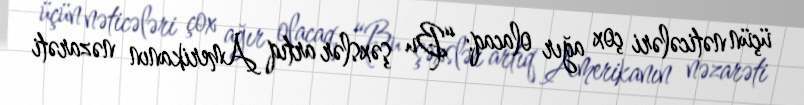
üçün nəticələri çox ağır olacaq: “Bu şəxslər artıq Amerikanın nəzarəti